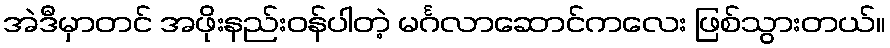
အဲဒီမှာတင် အဖိုးနည်းဝန်ပါတဲ့ မင်္ဂလာဆောင်ကလေး ဖြစ်သွားတယ်။